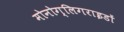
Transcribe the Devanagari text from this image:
मोनोग्लिगराइडों